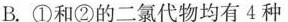
B.①和②的二氯代物均有4种